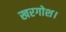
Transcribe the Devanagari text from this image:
खरगोश।